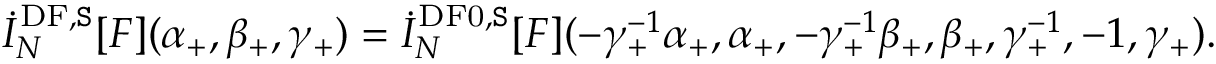
\dot { I } _ { N } ^ { \mathrm { D F } , \mathtt { S } } [ F ] ( \alpha _ { + } , \beta _ { + } , \gamma _ { + } ) = \dot { I } _ { N } ^ { \mathrm { D F 0 } , \mathtt { S } } [ F ] ( - \gamma _ { + } ^ { - 1 } \alpha _ { + } , \alpha _ { + } , - \gamma _ { + } ^ { - 1 } \beta _ { + } , \beta _ { + } , \gamma _ { + } ^ { - 1 } , - 1 , \gamma _ { + } ) .